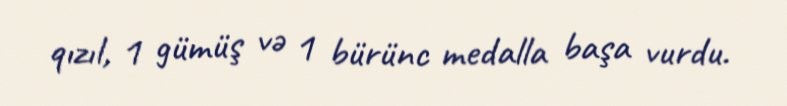
qızıl, 1 gümüş və 1 bürünc medalla başa vurdu.